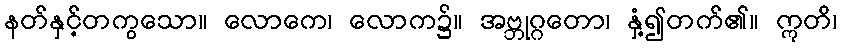
နတ်နှင့်တကွသော။ လောကေ၊ လောက၌။ အဗ္ဘုဂ္ဂတော၊ နှံ့၍တက်၏။ ဣတိ၊